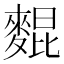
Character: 𪌽